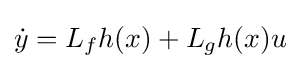
{\dot {y}}=L_{f}h(x)+L_{g}h(x)u